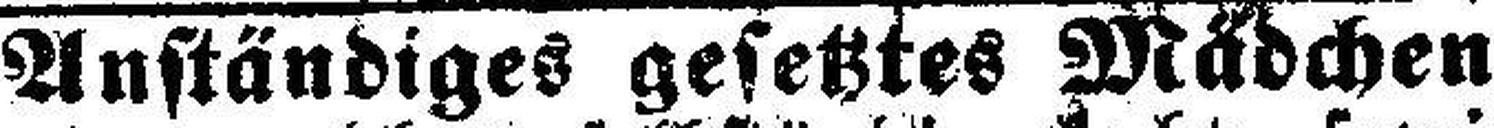
Anständiges gesetztes Mädchen